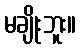
မချိုးဘူး။